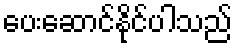
ပေးဆောင်နိုင်ပါသည်